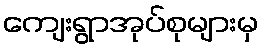
ကျေးရွာအုပ်စုများမှ